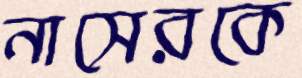
নাসেরকে